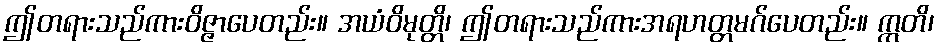
ဤတရားသည်ကားဝိဇ္ဇာပေတည်း။ အယံဝိမုတ္တိ၊ ဤတရားသည်ကားအရဟတ္တမဂ်ပေတည်း။ ဣတိ၊